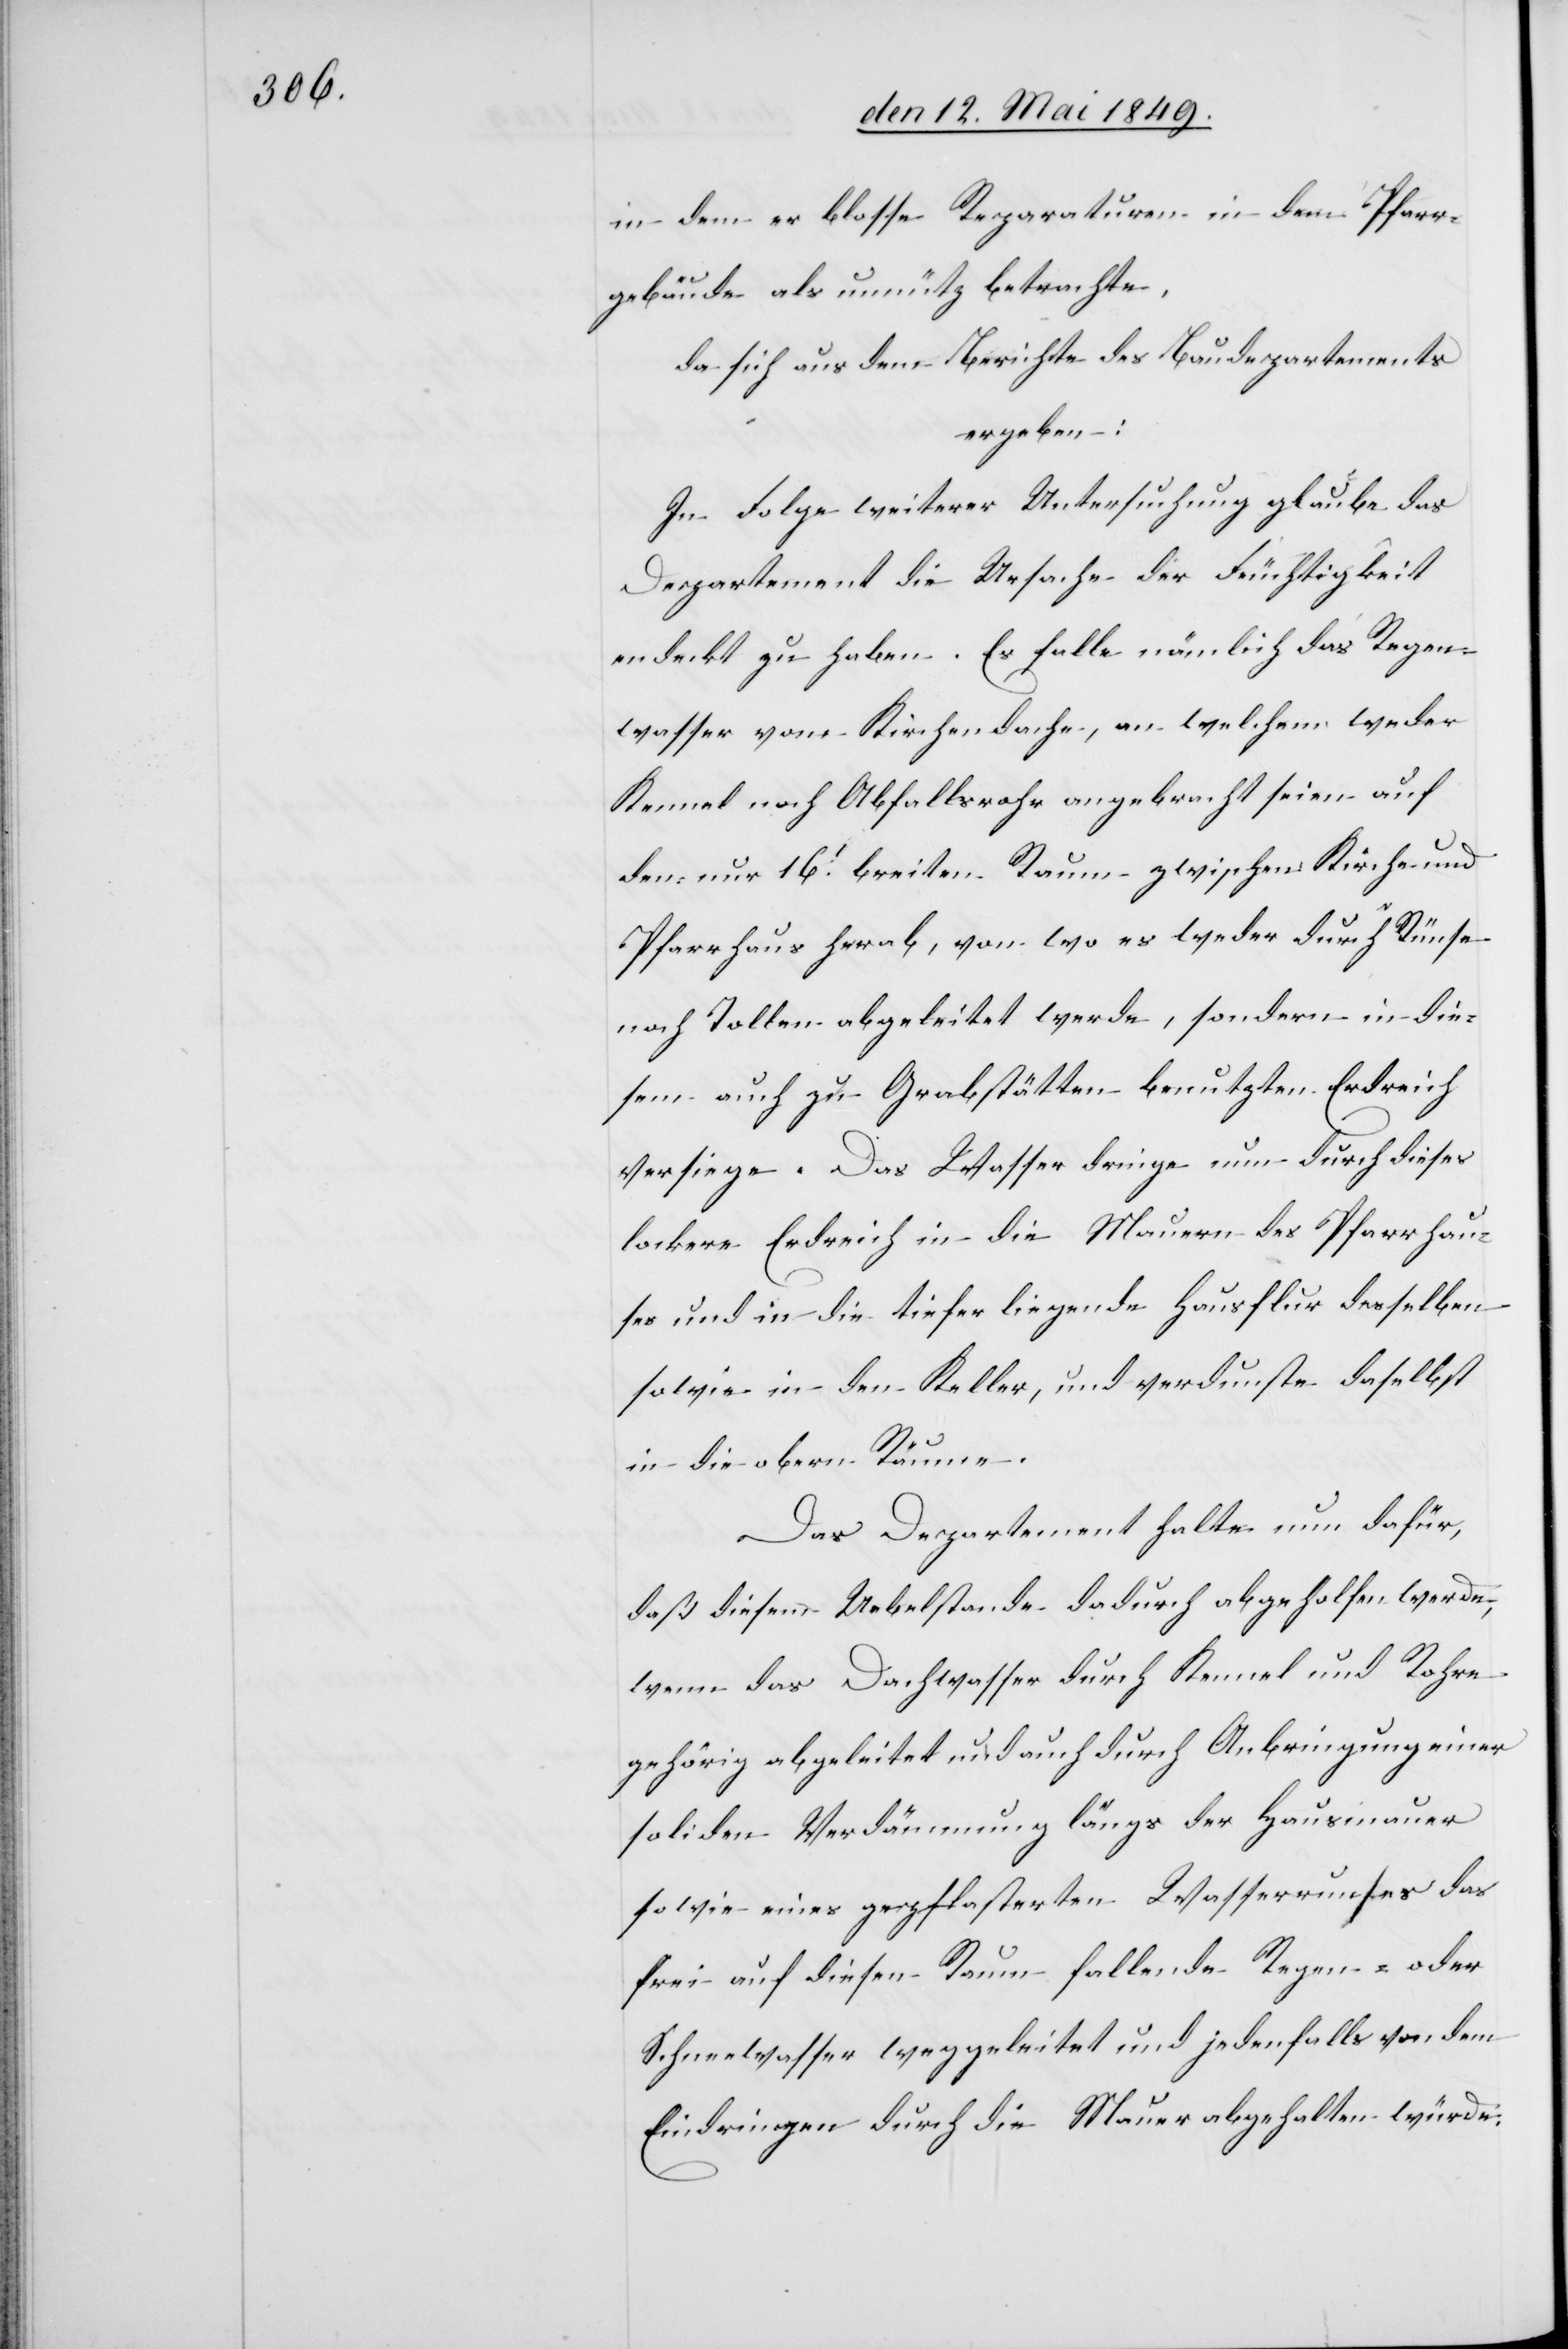
in dem er blosse Reparaturen in dem Pfarr¬
gebäude als unnütz betrachte,
da sich aus dem Berichte des Baudepartements
ergeben:
In Folge weiterer Untersuchung glaube das
Departement die Ursache der Feuchtigkeit
endeckt zu haben. Es falle nämlich das Regen¬
wasser vom Kirchendache, an welchem weder
Kennel noch Abfallsrohr angebracht seien auf
den nur 16‘ breiten Raum zwischen Kirche und
Pfarrhaus herab, von wo es weder durch Rünse
noch Tollen abgeleitet werde, sondern in die¬
sem auch zu Grabstätten benutzten Erdreich
versiege. Das Wasser dringe nun durch dieses
lockere Erdreich in die Mauern des Pfarrhau¬
ses und in die tiefer liegende Hausflur desselben
sowie in den Keller, und verdunste daselbst
in die obern Räume.
Das Departement halte nun dafür,
daß diesem Uebelstande dadurch abgeholfen werde,
wenn das Dachwasser durch Kennel und Rohre
gehörig abgeleitet und auch durch Anbringung einer
soliden Verdämmung längs der Hausmauer
sowie eines gepflasterten Wasserrunses das
frei auf diesen Raum fallende Regen- oder
Schneewasser weggeleitet und jedenfalls von dem
Eindringen durch die Mauer abgehalten würde: